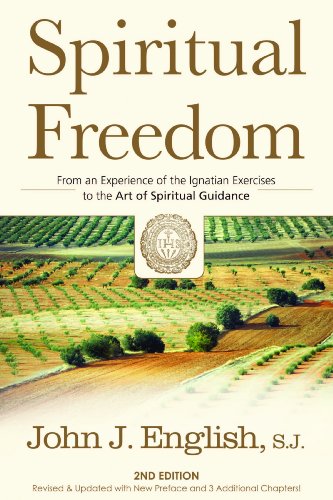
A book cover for Spiritual Freedom: From an Experience of the Ignatian Exercises to the Art of Spiritual Guidance; John J. English; Religion & Spirituality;